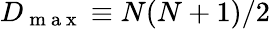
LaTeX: D_{\mathrm{~m~a~x~}}\equiv N(N+1)/2